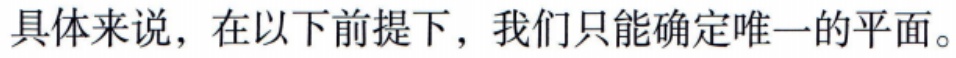
具体来说，在以下前提下，我们只能确定唯一的平面。